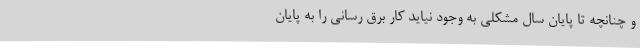
و چنانچه تا پایان سال مشکلی به وجود نیاید کار برق رسانی را به پایان